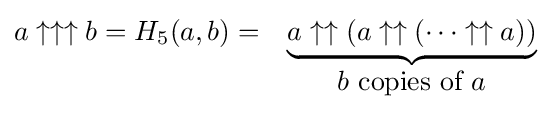
{\begin{matrix}a\uparrow \uparrow \uparrow b=H_{5}(a,b)=&\underbrace {a_{}\uparrow \uparrow (a\uparrow \uparrow (\cdots \uparrow \uparrow a))} \\&b{\mbox{ copies of }}a\end{matrix}}